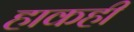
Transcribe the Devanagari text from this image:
हाकही